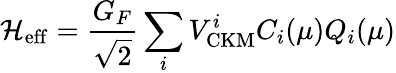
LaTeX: {\cal H}_{\mathrm{eff}}=\frac{G_{F}}{\sqrt{2}}\sum_{i}V_{\mathrm{CKM}}^{i}C_{i}(\mu)Q_{i}(\mu)